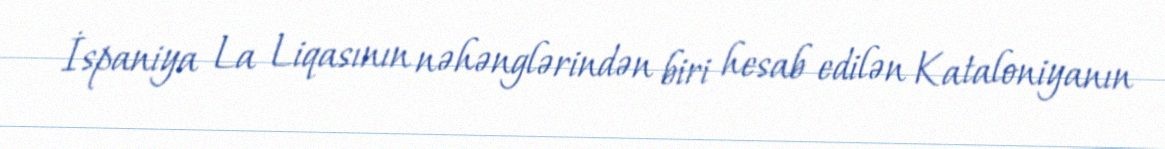
İspaniya La Liqasının nəhənglərindən biri hesab edilən Kataloniyanın